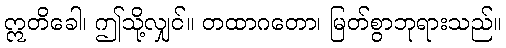
ဣတိခေါ၊ ဤသို့လျှင်။ တထာဂတော၊ မြတ်စွာဘုရားသည်။